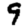
Digit: 9